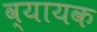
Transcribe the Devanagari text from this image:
व्यायक